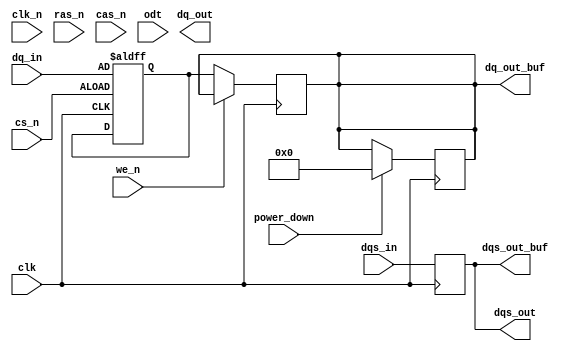
module ddr2_sdram_io (
    input wire clk,                // Differential clock input
    input wire clk_n,              // Inverted clock input
    input wire [15:0] dq_in,       // Data input lines (16 bits)
    output wire [15:0] dq_out,      // Data output lines (16 bits)
    input wire dqs_in,             // Data strobe input
    output wire dqs_out,           // Data strobe output
    input wire cs_n,               // Chip Select (active low)
    input wire ras_n,              // Row Address Strobe (active low)
    input wire cas_n,              // Column Address Strobe (active low)
    input wire we_n,               // Write Enable (active low)
    input wire odt,                // On-die termination
    input wire power_down,         // Power down mode
    output wire [15:0] dq_out_buf, // Buffered data output
    output wire dqs_out_buf        // Buffered data strobe output
);

    // Internal signals
    reg [15:0] dq_reg;             // Register for data input
    reg dqs_reg;                   // Register for data strobe
    reg [15:0] dq_out_reg;         // Register for data output
    reg dqs_out_reg;               // Register for data strobe output

    // Input Buffer for DQ lines
    always @(posedge clk or negedge cs_n) begin
        if (!cs_n) begin
            dq_reg <= dq_in;        // Capture input data on chip select
        end
    end

    // Output Buffer for DQ lines
    always @(posedge clk) begin
        if (!we_n) begin
            dq_out_reg <= dq_reg;   // Output data on write enable
        end
    end

    // DQS Buffer
    always @(posedge clk) begin
        dqs_reg <= dqs_in;          // Capture DQS input
    end

    // Output DQS
    assign dqs_out = dqs_reg;      // Drive DQS output

    // Assign buffered outputs
    assign dq_out_buf = dq_out_reg; // Buffered data output
    assign dqs_out_buf = dqs_out;   // Buffered DQS output

    // Power Management Logic
    always @(posedge clk) begin
        if (power_down) begin
            dq_out_reg <= 16'b0;    // Drive outputs low in power down mode
            dqs_out_reg <= 1'b0;
        end
    end

    // On-die termination logic (simplified)
    assign odt = (power_down) ? 1'b0 : 1'b1; // Enable ODT when not in power down

endmodule